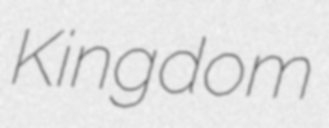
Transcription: Kingdom